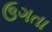
ઉગતા